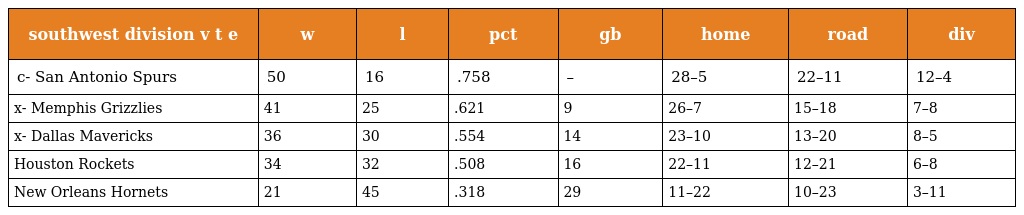
| southwest division v t e | w | l | pct | gb | home | road | div |
 | --- | --- | --- | --- | --- | --- | --- | --- |
 | c- San Antonio Spurs | 50 | 16 | .758 | – | 28–5 | 22–11 | 12–4 |
 | x- Memphis Grizzlies | 41 | 25 | .621 | 9 | 26–7 | 15–18 | 7–8 |
 | x- Dallas Mavericks | 36 | 30 | .554 | 14 | 23–10 | 13–20 | 8–5 |
 | Houston Rockets | 34 | 32 | .508 | 16 | 22–11 | 12–21 | 6–8 |
 | New Orleans Hornets | 21 | 45 | .318 | 29 | 11–22 | 10–23 | 3–11 |